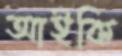
আইকি